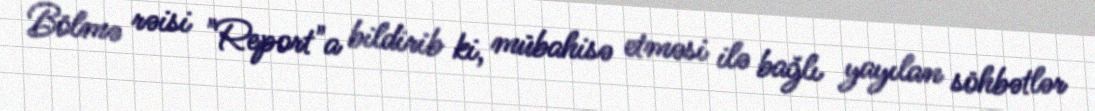
Bölmə rəisi "Report"a bildirib ki, mübahisə etməsi ilə bağlı yayılan söhbətlər